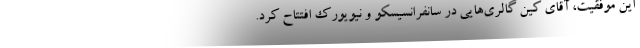
این موفقیت، آقای کین گالری‌هایی در سانفرانسیسکو و نیویورک افتتاح کرد.